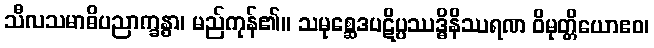
သီလသမာဓိပညာက္ခန္ဓာ၊ မည်ကုန်၏။ သမုစ္ဆေဒပဋိပ္ပဿဒ္ဓိနိဿရဏ ဝိမုတ္တိယောဧဝ၊